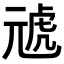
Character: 𭀪